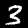
Digit: 3